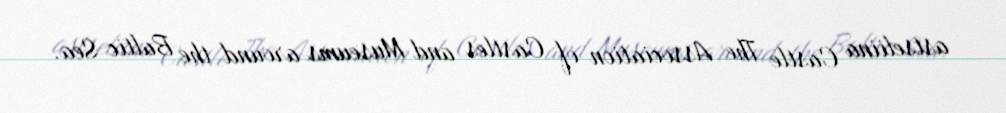
astseliina Castle The Association of Castles and Museums around the Baltic Sea.